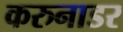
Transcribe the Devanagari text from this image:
करुनाडर